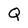
Character: Q